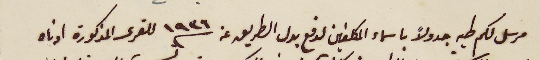
مرسل لكم طيه جدولاً باسماء المكلفين لدفع بدل الطريق عن سنة ١٩٣٦ للقرى المذكورة ادناه